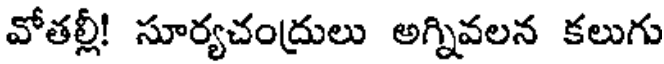
వోతల్లీ! సూర్యచంద్రులు అగ్నివలన కలుగు